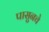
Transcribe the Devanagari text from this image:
पासुनचे